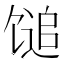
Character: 𫗰